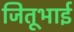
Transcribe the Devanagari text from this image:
जितूभाई